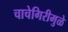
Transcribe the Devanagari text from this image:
चाचेगिरीमुळे